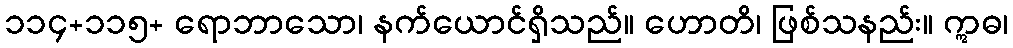
၁၁၄+၁၁၅+ ရောဘာသော၊ နက်ယောင်ရှိသည်။ ဟောတိ၊ ဖြစ်သနည်း။ ဣဓ၊